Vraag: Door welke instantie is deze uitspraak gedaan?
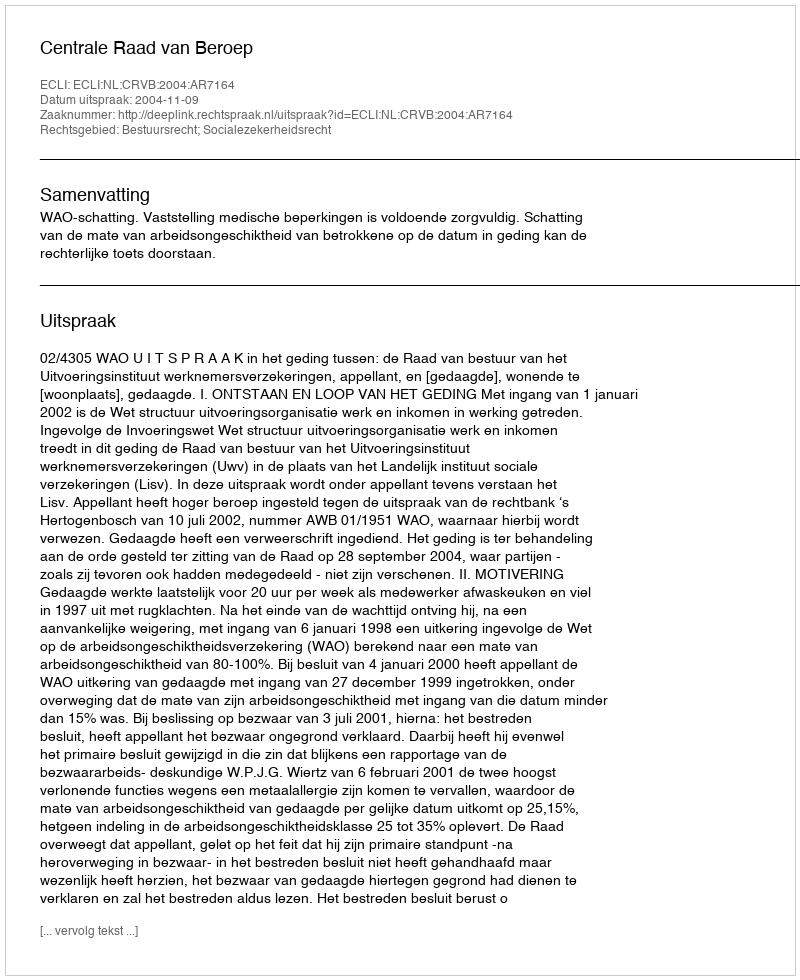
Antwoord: Centrale Raad van Beroep